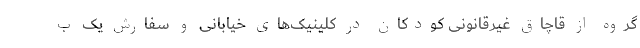
گروه از قاچاق غیرقانونی کودکان در کلینیک‌های خیابانی و سفارش یک ب